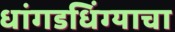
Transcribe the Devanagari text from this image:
धांगडधिंग्याचा